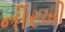
નીરખી